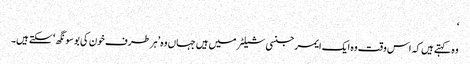
‘
وہ کہتے ہیں کہ اس وقت وہ ایک ایمرجنسی شیلٹر میں ہیں جہاں وہ ’ہر طرف خون کی بو سونگھ‘ سکتے ہیں۔